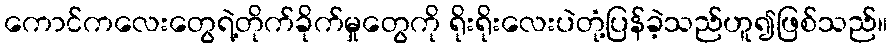
ကောင်ကလေးတွေရဲ့တိုက်ခိုက်မှုတွေကို ရိုးရိုးလေးပဲတုံ့ပြန်ခဲ့သည်ဟူ၍ဖြစ်သည်။